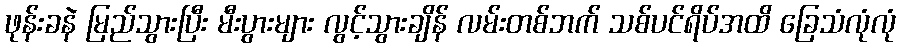
ဖုန်းခနဲ မြည်သွားပြီး မီးပွားများ လွင့်သွားချိန် လမ်းတစ်ဘက် သစ်ပင်ရိပ်အထိ ခြေသံလုံလုံ